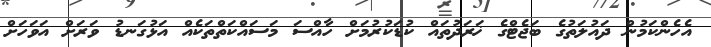
އެހެންކަމުން ދައުލަތުގެ ބަޖެޓްގެ ޚަރަދުތައް ކުޑަކުރުމަށް ހާއްސަ މަސައްކަތްތަކެއް އަޅުގަނޑު ވަރަށް އަވަހަށް